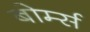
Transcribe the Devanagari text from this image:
बोर्म्स